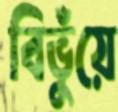
বিভুঁয়ে